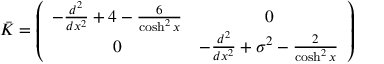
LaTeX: \bar { \cal K } = \left( \begin{array} { c c } { { - \frac { d ^ { 2 } } { d x ^ { 2 } } + 4 - \frac { 6 } { \cosh ^ { 2 } x } } } & { { 0 } } \\ { { 0 } } & { { - \frac { d ^ { 2 } } { d x ^ { 2 } } + \sigma ^ { 2 } - \frac { 2 } { \cosh ^ { 2 } x } } } \end{array} \right)